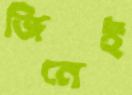
জিনেই